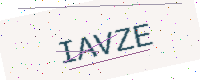
Text: IAVZE